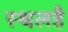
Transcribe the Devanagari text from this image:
स्थलहै